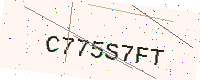
Text: C775S7FT